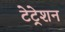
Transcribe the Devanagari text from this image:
टेट्रेशन